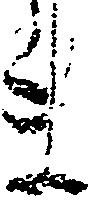
ま